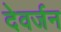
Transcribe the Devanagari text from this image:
देवर्जन